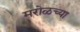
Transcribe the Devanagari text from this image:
मरोळच्या